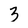
Character: 3